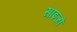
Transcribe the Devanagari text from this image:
साइजों